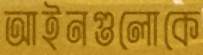
আইনগুলোকে